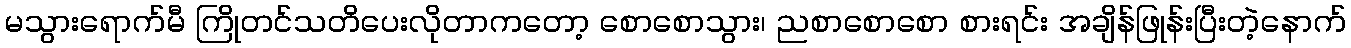
မသွားရောက်မီ ကြိုတင်သတိပေးလိုတာကတော့ စောစောသွား၊ ညစာစောစော စားရင်း အချိန်ဖြုန်းပြီးတဲ့နောက်